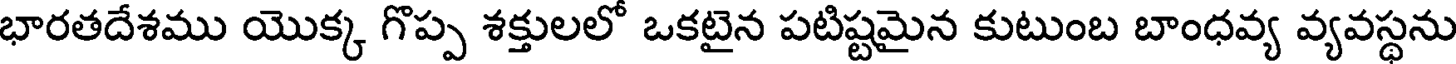
భారతదేశము యొక్క గొప్ప శక్తులలో ఒకటైన పటిష్టమైన కుటుంబ బాంధవ్య వ్యవస్థను